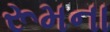
રૂમના